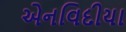
એનવિદીયા